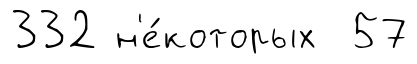
332 н'е́которых 57